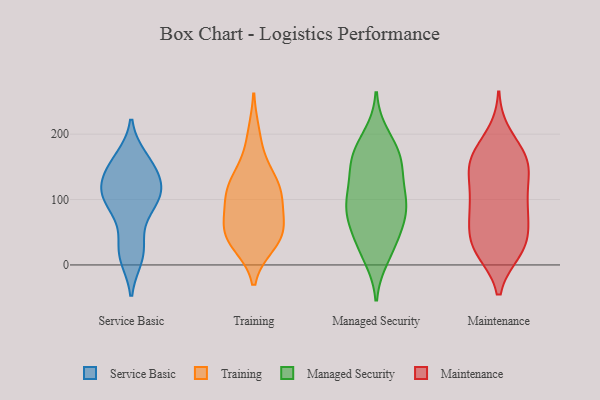
{"axis": {"x": "Production Output", "y": "Value"}, "legend": ["Maintenance", "Managed Security", "Service Basic", "Training"], "data": [{"x": "", "y": 146, "type": "Service Basic"}, {"x": "", "y": 83, "type": "Service Basic"}, {"x": "", "y": 108, "type": "Service Basic"}, {"x": "", "y": 37, "type": "Service Basic"}, {"x": "", "y": 93, "type": "Service Basic"}, {"x": "", "y": 116, "type": "Service Basic"}, {"x": "", "y": 11, "type": "Service Basic"}, {"x": "", "y": 126, "type": "Service Basic"}, {"x": "", "y": 15, "type": "Service Basic"}, {"x": "", "y": 129, "type": "Service Basic"}, {"x": "", "y": 164, "type": "Service Basic"}, {"x": "", "y": 160, "type": "Service Basic"}, {"x": "", "y": 101, "type": "Service Basic"}, {"x": "", "y": 122, "type": "Training"}, {"x": "", "y": 114, "type": "Training"}, {"x": "", "y": 107, "type": "Training"}, {"x": "", "y": 156, "type": "Training"}, {"x": "", "y": 80, "type": "Training"}, {"x": "", "y": 41, "type": "Training"}, {"x": "", "y": 103, "type": "Training"}, {"x": "", "y": 56, "type": "Training"}, {"x": "", "y": 36, "type": "Training"}, {"x": "", "y": 48, "type": "Training"}, {"x": "", "y": 32, "type": "Training"}, {"x": "", "y": 127, "type": "Training"}, {"x": "", "y": 61, "type": "Training"}, {"x": "", "y": 200, "type": "Training"}, {"x": "", "y": 27, "type": "Managed Security"}, {"x": "", "y": 105, "type": "Managed Security"}, {"x": "", "y": 177, "type": "Managed Security"}, {"x": "", "y": 55, "type": "Managed Security"}, {"x": "", "y": 148, "type": "Managed Security"}, {"x": "", "y": 160, "type": "Managed Security"}, {"x": "", "y": 97, "type": "Managed Security"}, {"x": "", "y": 13, "type": "Managed Security"}, {"x": "", "y": 77, "type": "Managed Security"}, {"x": "", "y": 32, "type": "Managed Security"}, {"x": "", "y": 197, "type": "Managed Security"}, {"x": "", "y": 96, "type": "Managed Security"}, {"x": "", "y": 120, "type": "Managed Security"}, {"x": "", "y": 74, "type": "Managed Security"}, {"x": "", "y": 162, "type": "Managed Security"}, {"x": "", "y": 81, "type": "Managed Security"}, {"x": "", "y": 162, "type": "Managed Security"}, {"x": "", "y": 102, "type": "Maintenance"}, {"x": "", "y": 22, "type": "Maintenance"}, {"x": "", "y": 158, "type": "Maintenance"}, {"x": "", "y": 69, "type": "Maintenance"}, {"x": "", "y": 172, "type": "Maintenance"}, {"x": "", "y": 95, "type": "Maintenance"}, {"x": "", "y": 135, "type": "Maintenance"}, {"x": "", "y": 91, "type": "Maintenance"}, {"x": "", "y": 198, "type": "Maintenance"}, {"x": "", "y": 149, "type": "Maintenance"}, {"x": "", "y": 37, "type": "Maintenance"}, {"x": "", "y": 152, "type": "Maintenance"}, {"x": "", "y": 24, "type": "Maintenance"}, {"x": "", "y": 165, "type": "Maintenance"}, {"x": "", "y": 70, "type": "Maintenance"}, {"x": "", "y": 27, "type": "Maintenance"}, {"x": "", "y": 48, "type": "Maintenance"}, {"x": "", "y": 24, "type": "Maintenance"}, {"x": "", "y": 154, "type": "Maintenance"}, {"x": "", "y": 102, "type": "Maintenance"}]}